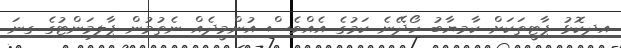
އިދިކޮޅު ޕާޓީތަކަށް ކާމިޔާބު ހޯދޭނެ ކަމުގެ އެއްވެސް އުންމީދެއް ނެތުމުން ޕާލިމަންޓުގެ ގިނަ